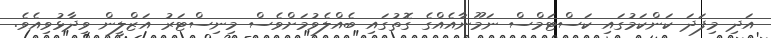
އަދި މިފަދަ ކަންކަމުގައި ކަސްޓަމްސް ނަމޫނާއެއްގެ ގޮތުގައި ބެއްލެވުމަށްވެސް މިނިސްޓަރު އަޒްލީން ވިދާޅުވިއެވެ.